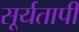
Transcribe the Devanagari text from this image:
सूर्यतापी